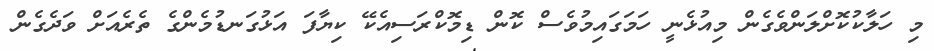
މި ހަލާކުކޮށްލަންވެގެން މިއުޅެނީ ހަމަގައިމުވެސް ކޮން ޑިމޮކްރަސިއެކޭ ކިޔާފަ އަޅުގަނޑުމެންގެ ތެރެއަށް ވަދެގެން